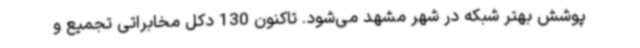
پوشش بهتر شبکه در شهر مشهد می‌شود. تاکنون 130 دکل مخابراتی تجمیع و